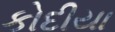
કોદીયા